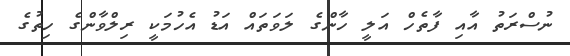
ނުސްރަތު އާއި ފާތެހް އަލީ ހާންގެ ލަވަތައް އަޑު އެހުމަކީ ރިލްވާންގެ ހިތުގެ